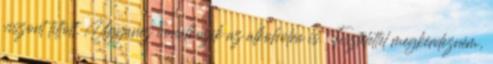
viszont tiltott. Ugyanez vonatkozik az alkoholra is. Tisztelettel megkérdezném,